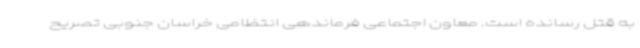
به قتل رسانده است. معاون اجتماعی فرماندهی انتظامی خراسان جنوبی تصریح